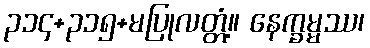
၃၁၄+၃၁၅+မပြုလတ္တံ့။ နေက္ခမ္မဿ၊